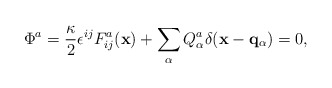
\begin{align*}\Phi^a = {\kappa \over 2}\epsilon^{ij} F^a_{ij} ({\bf x}) +\sum_\alpha Q^a_\alpha \delta({\bf x}- {\bf q}_\alpha) =0,\end{align*}